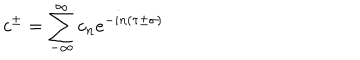
c ^ { \pm } = \sum _ { - \infty } ^ { \infty } c _ { n } e ^ { - i n \left( \tau \pm \sigma \right) }